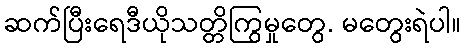
ဆက်ပြီးရေဒီယိုသတ္တိကြွမှုတွေ. မတွေးရဲပါ။